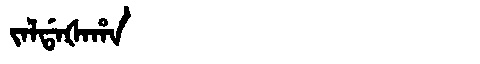
Manchu: ᠵᠠᠯᡩᠠᡧᠠᡥᠠ
Romanization: JALDAŠAHA